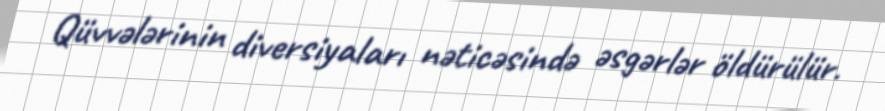
Qüvvələrinin diversiyaları nəticəsində əsgərlər öldürülür.